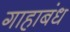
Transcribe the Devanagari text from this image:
गाहाबंध